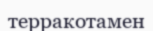
терракотамен